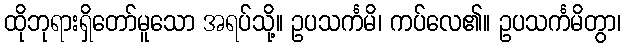
ထိုဘုရားရှိတော်မူသော အရပ်သို့။ ဥပသင်္ကမိ၊ ကပ်လေ၏။ ဥပသင်္ကမိတွာ၊